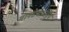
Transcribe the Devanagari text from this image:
मानसशास्त्रिय